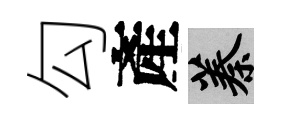
勾產蓁